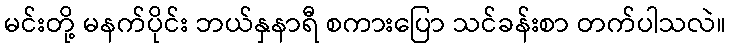
မင်းတို့ မနက်ပိုင်း ဘယ်နှနာရီ စကားပြော သင်ခန်းစာ တက်ပါသလဲ။